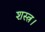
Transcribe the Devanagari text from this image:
शस्त्र।